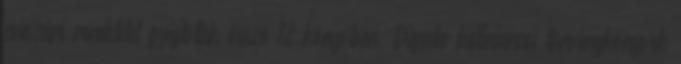
császári rendeletet gyűjtötték össze 12 könyvben. Digesta Iustinianusi törvénykönyvek